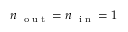
n _ { \mathrm { ~ \tiny ~ o ~ u ~ t ~ } } = n _ { \mathrm { ~ \tiny ~ i ~ n ~ } } = 1